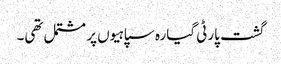
گشت پارٹی گیارہ سپاہیوں پر مشتمل تھی۔